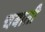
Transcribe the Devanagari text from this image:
चबाती